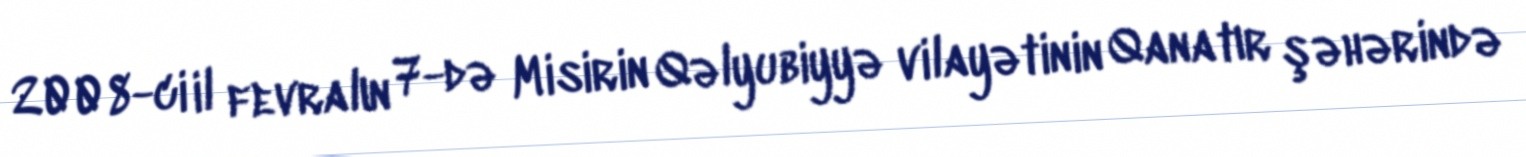
2008-ci il fevralın 7-də Misirin Qəlyubiyyə vilayətinin Qanatır şəhərində